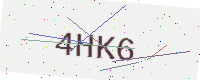
Text: 4HK6